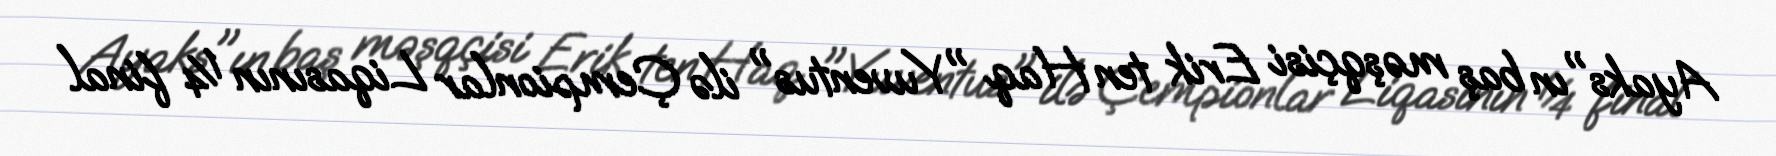
Ayaks"ın baş məşqçisi Erik ten Haq "Yuventus" ilə Çempionlar Liqasının ¼ final